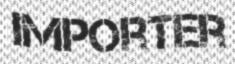
IMPORTER